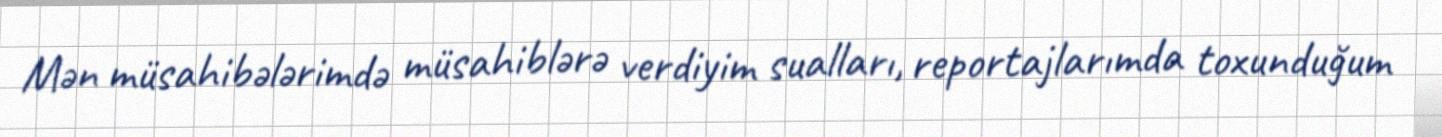
Mən müsahibələrimdə müsahiblərə verdiyim sualları, reportajlarımda toxunduğum